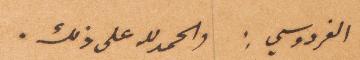
الفردوسي: والحمدالله على ذلك.